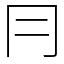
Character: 冃